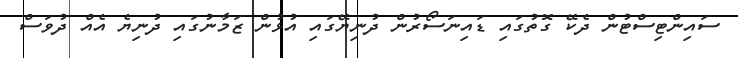
ސައިންޓިސްޓުން ދެކޭ ގޮތުގައި ޑައިނަސޯރުން ދުނިޔޭގައި އުޅުން ޒަމާނުގައި ދުނިޔެ އެއް ދުވަސް